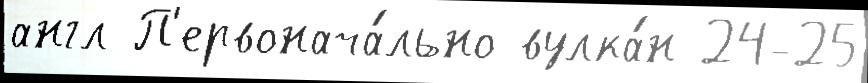
англ П'ервонача́льно вулка́н 24-25